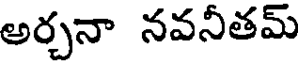
అర్చనా నవనీతమ్